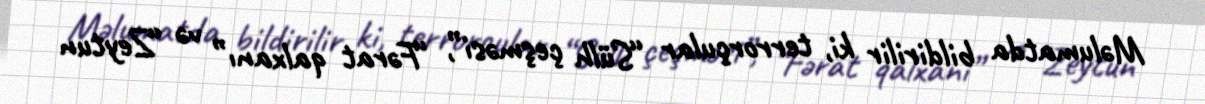
Məlumatda bildirilir ki, terrorçular “Sülh çeşməsi”, “Fərat qalxanı” və “Zeytun